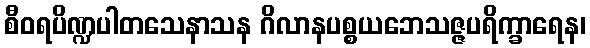
စီဝရပိဏ္ဍပါတသေနာသန ဂိလာနပစ္စယဘေသဇ္ဇပရိက္ခာရေန၊